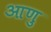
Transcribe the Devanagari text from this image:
आणु